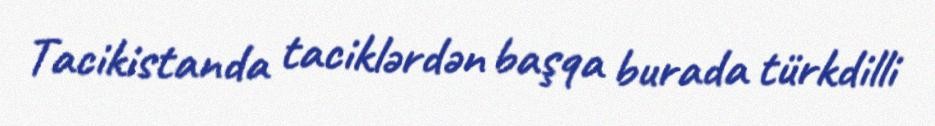
Tacikistanda taciklərdən başqa burada türkdilli